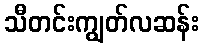
သီတင်းကျွတ်လဆန်း